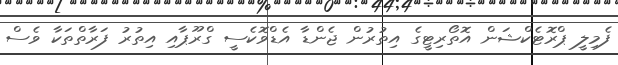
ފެމިލީ ޕްރޮޓެކްޝަން އޮތޯރިޓީގެ އިތުރުން ޖެންޑާ އެޑްވޮކެސީ ގްރޫޕާއި އިތުރު ފަރާތްތަކާ ވެސް